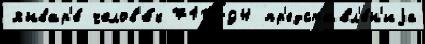
январ'е́ челов'е́к 710794 пр'едставл'е́н'иjа